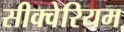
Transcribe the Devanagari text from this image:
सीक्वेरियम